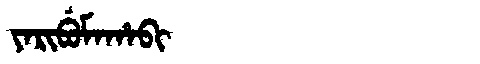
Manchu: ᠶᠠᡵᡳᠪᡠᠮᠠᡥᠠᠪᡳ
Romanization: YARIBUMAHABI